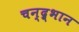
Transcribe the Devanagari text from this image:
चन्द्र्भान